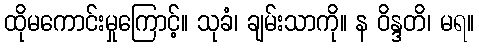
ထိုမကောင်းမှုကြောင့်။ သုခံ၊ ချမ်းသာကို။ န ဝိန္ဒတိ၊ မရ။